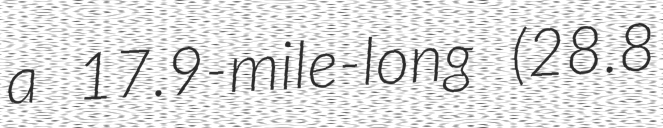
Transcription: a 17.9-mile-long (28.8